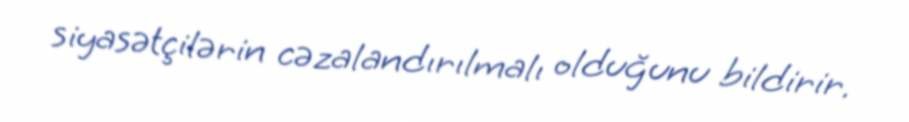
siyasətçilərin cəzalandırılmalı olduğunu bildirir.